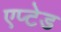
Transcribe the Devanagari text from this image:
एप्टेड